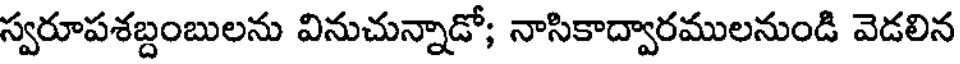
స్వరూపశబ్దంబులను వినుచున్నాడో; నాసికాద్వారములనుండి వెడలిన